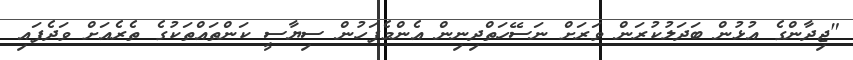
"ޖިދާންގެ އުޅުން ބަދަލުކުރަން ވަރަށް ނަސޭހަތްދިނިން އެންމެފަހުން ސިޔާސީ ކަންތައްތަކުގެ ތެރެއަށް ވަދެފައި